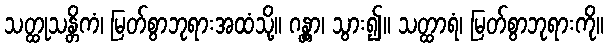
သတ္ထုသန္တိကံ၊ မြတ်စွာဘုရားအထံသို့။ ဂန္တွာ၊ သွား၍။ သတ္ထာရံ၊ မြတ်စွာဘုရားကို။